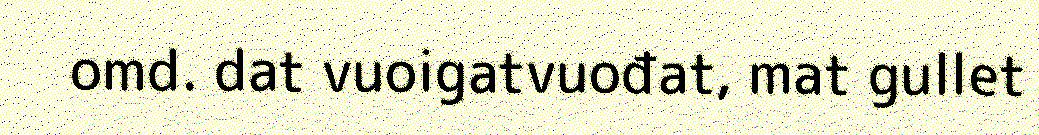
omd. dat vuoigatvuođat, mat gullet